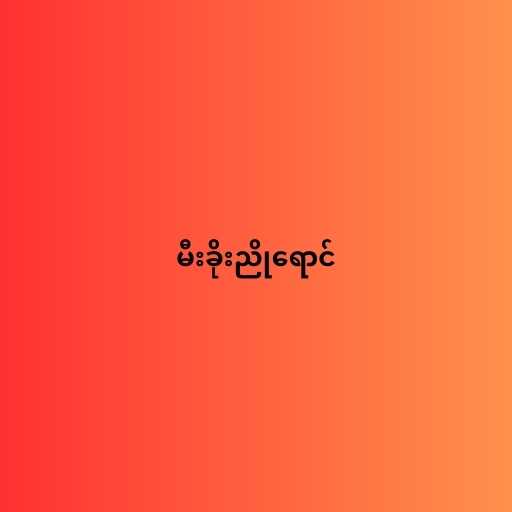
မီးခိုးညိုရောင်